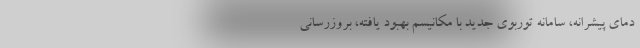
دمای پیشرانه، سامانه توربوی جدید با مکانیسم بهبود یافته، بروزرسانی